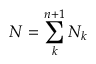
N = \sum _ { k } ^ { n + 1 } N _ { k }